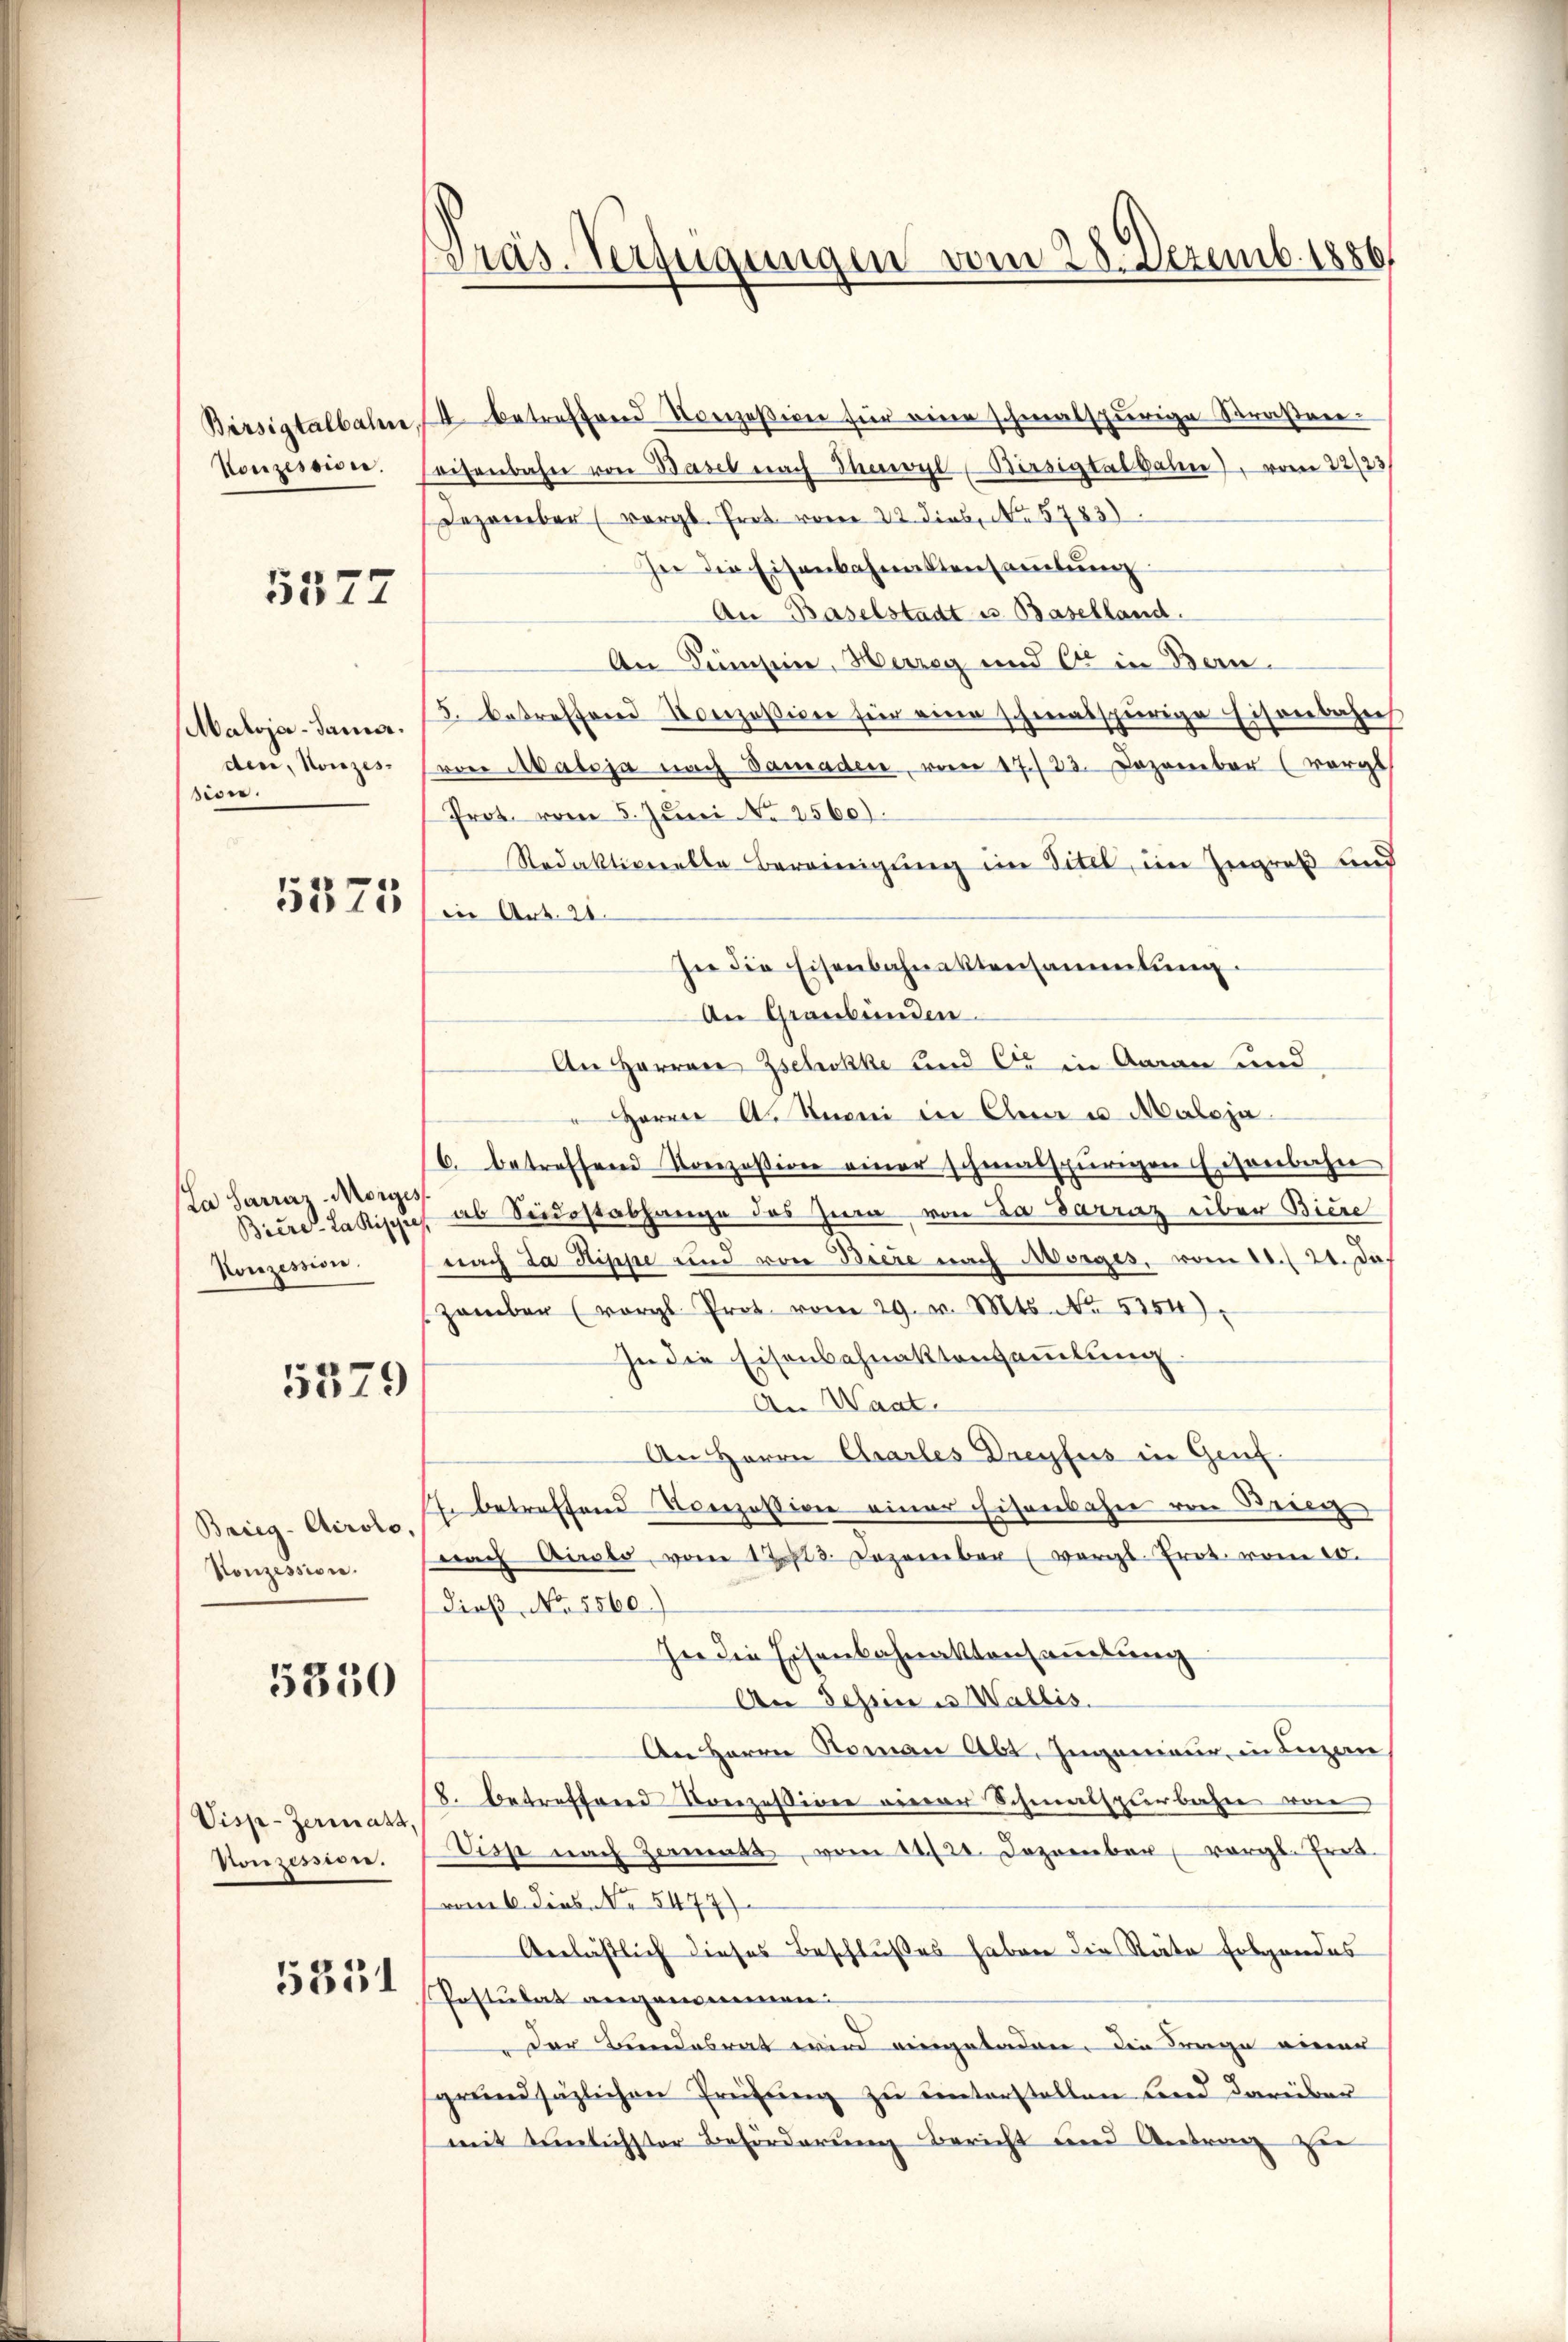
Birsigtalbahne,
Konzessione.

5577

Maloja-Samar.
den, Konzes
sion.

5375

La Sarraz. Morges
Konzession.

5379

Brieg - Airolo,
Konzession.

5350

Visp-Zermatt
Nonzessin.

5351

.
Präs. Verfügungen vom 28. Dezemb. 1886.

4 betreffend Konzession für eine schmalspurige Straßner-
seisenbahn von Basel nach Theil, Birsigtalbahne), vom 22/23
Dezember (vergl. Prot. vom 22. dies, No. 5783)
In die Eisenbahnaktensamlung
An Baselstadt u. Baselland.
An Kümsen, Herzeg und Er in Bern.
5. betreffend Konzession für eine schmalspurige Eisenbahns
Prore Maloja nach Damaden, vom 17./23. Dezember (vorgt
Prot. vom 5. Juni No 2560).
Redaktionelle Bereinigung im Titel, im Zugreß auf
in Art. 21.
see die Eisenbahnaktensammlung.
An Graubünden.
An Herren Zschokke und er in Aarau und
"Harrer A. Kuoni in Elen u. Maloja
6. betreffend Konzession einer schmalspurigen Eisenbahn
Biere Lakippe ab Seidestabhange des Zug von Da darraz über Biere
nach da Rippe und von Biere nach Morges, vom 11./21. Da
zamber (vergl. Prot. vom 29. v. Mts. No 5254)
In die Eisenbahnaktensammlung.
An Waat.
An Herrn Charles Dreyfus in Genf
7. betreffend Konzession einer Eisenbahn von Brie
nach Airolo, vom 12. 3. Dezember (vergl. Prot. vom 10.
dieß, No. 5560.)
In die Eisenbahnaktensammlung
An Fehren u Wallis.
An Herrn Roman Abt. Ingenieur, in Luzern
8. betreffend Konzession einer Schmalspurbahn von
Viss nach Zermatt, vom 14./20. Dezember vergl. Frei-
vom 6. dies. No 5477)
Anläßlich dieses Beschlußes haben die Räte Folgendes
Postulat angenommen:
Der Bundesrat wird eingeladen. Die Frage einer
sgrundsätzlichen Prüfŭng zu unterstellen und darüber
mit Simmlichster Beförderung bericht und Antrag zu